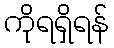
ကိုရရှိရန်